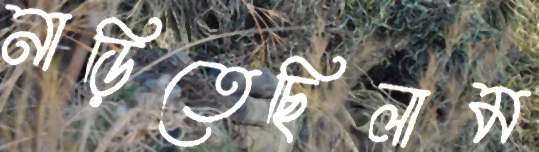
নাড়িতেছিলাম